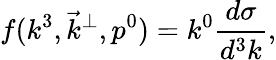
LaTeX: f(k^{3},\vec{k}^{\bot},p^{0})=k^{0}\frac{d\sigma}{d^{3}k},